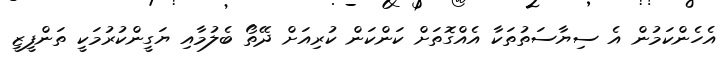
އެހެންކަމުން އެ ސިޔާސަތުތަކާ އެއްގޮތަށް ކަންކަން ކުރިއަށް ދޭތޯ ބެލުމާއި ޔަގީންކުރުމަކީ ތަންފީޒީ